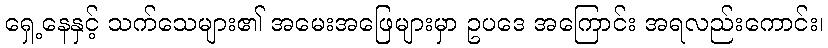
ရှေ့နေနှင့် သက်သေများ၏ အမေးအဖြေများမှာ ဥပဒေ အကြောင်း အရလည်းကောင်း၊